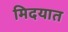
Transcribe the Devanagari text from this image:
मिदयात